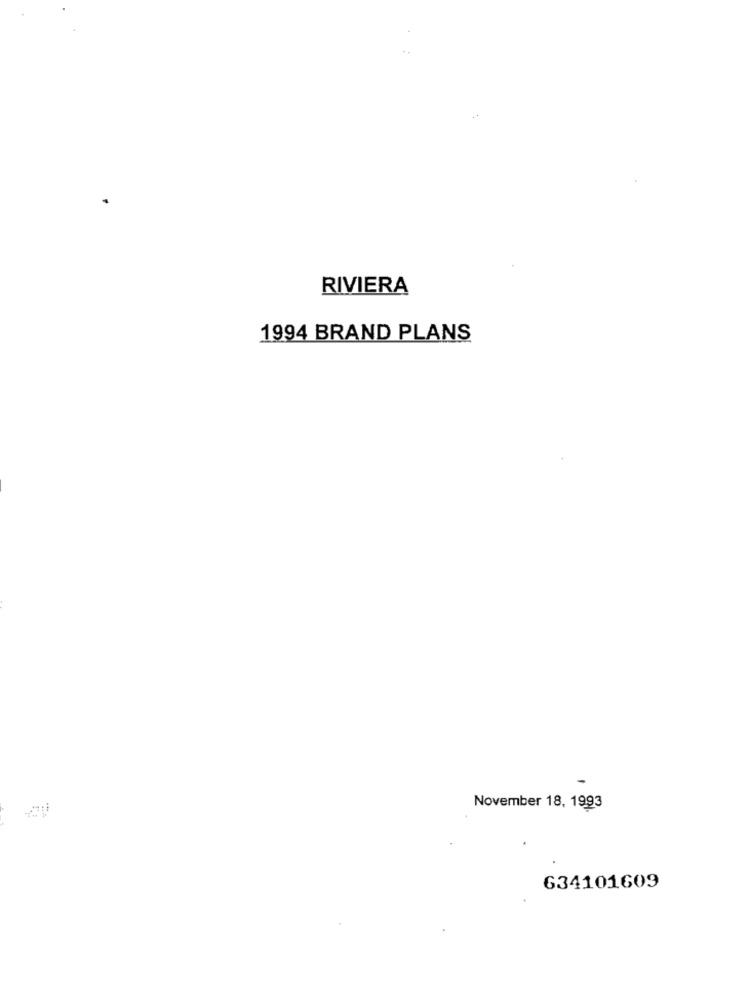
RIVIERA
1994 BRAND PLANS
November 18, 1993
634101609